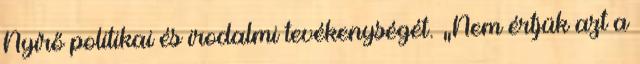
Nyírő politikai és irodalmi tevékenységét. „Nem értjük azt a